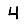
Digit: 4